Annual report of the Punjab Veterinary College and of the Civil Veterinary Department, Punjab - 1926-1932
Year: 1926
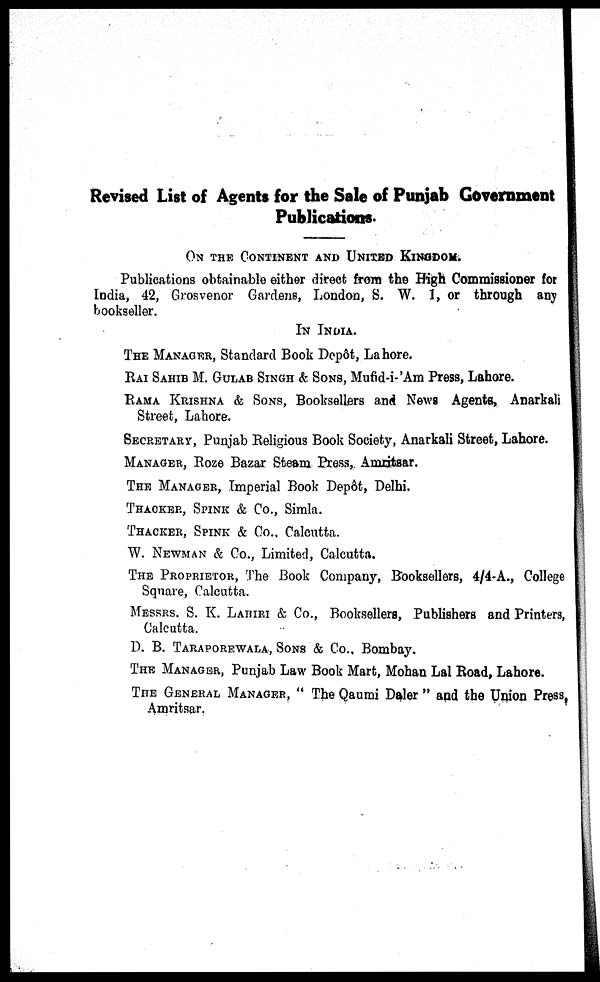
Revised List of Agents for the Sale of Punjab Government
Publications.
ON THE CONTINENT AND UNITED KINGDOM.
Publications obtainable either direct from the High Commissioner for
India, 42, Grosvenor Gardens, London, S. W. 1, or through any
bookseller.
IN INDIA.
THE MANAGER, Standard Book Depôt, Lahore.
RAI SAHIB M. GULAB SINGH & SONS, Mufid-i-'Am Press, Lahore.
RAMA KRISHNA & SONS, Booksellers and News Agents, Anarkali
Street, Lahore.
SECRETARY, Punjab Religious Book Society, Anarkali Street, Lahore.
MANAGER, Roze Bazar Steam Press, Amritsar.
THE MANAGER, Imperial Book Depôt, Delhi.
THACKER, SPINK & Co., Simla.
THACKER, SPINK & Co., Calcutta.
W. NEWMAN & Co., Limited, Calcutta.
THE PROPRIETOR , The Book Company, Booksellers, 4/4-A., College
Square, Calcutta.
MESSRS. S. K. LABIRI & Co., Booksellers, Publishers and Printers,
Calcutta.
D. B. TARAPOREWALA, SONS & Co.. Bombay.
THE MANAGER, Punjab Law Book Mart, Mohan Lal Road, Lahore.
THE GENERAL MANAGER, "The Qaumi Daler" and the Union Press,
Amritsar.